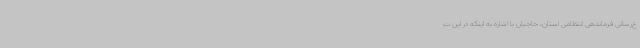
ع‌رسانی فرماندهی انتظامی استان، حاجیان با اشاره به اینکه در این ت